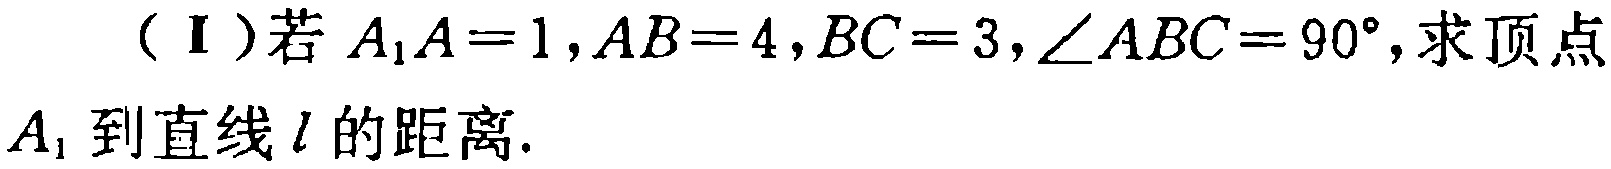
（Ⅰ）若\(A_{1}A = 1,AB = 4,BC = 3,\angle ABC = 90^{\circ}\),求顶点\(A_{1}\)到直线\(l\)的距离.